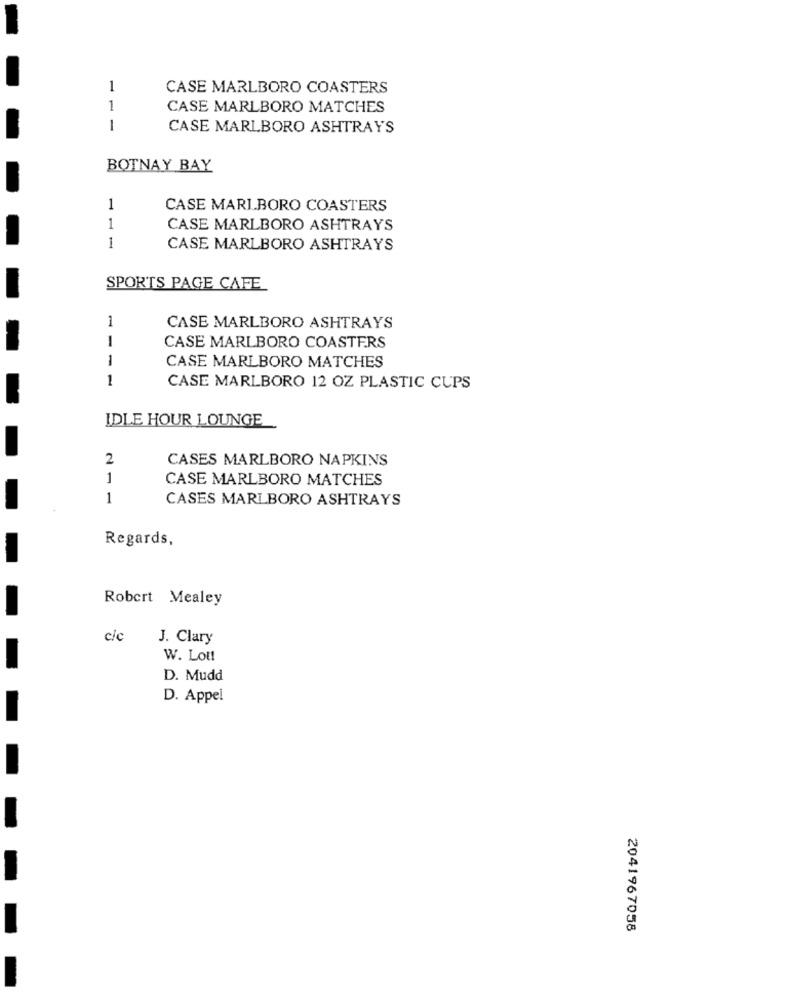
1
CASE MARLBORO COASTERS
1
CASE MARLBORO MATCHES
1
CASE MARLBORO ASHTRAYS
BOTNAY BAY
1
CASE MARLBORO COASTERS
1
CASE MARLBORO ASHTRAYS
1
CASE MARLBORO ASHTRAYS
SPORTS PAGE CAFE
1
CASE MARLBORO ASHTRAYS
1
CASE MARLBORO COASTERS
1
CASE MARLBORO MATCHES
1
CASE MARLBORO 12 OZ PLASTIC CUPS
IDLE HOUR LOUNGE
2
CASES MARLBORO NAPKINS
1
CASE MARLBORO MATCHES
1
CASES MARLBORO ASHTRAYS
Regards,
Robert Mealey
c/c
J. Clary
W. Lot!
D. Mudd
D. Appel
2041967058